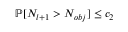
\mathbb { P } [ N _ { l + 1 } > N _ { o b j } ] \le c _ { 2 }